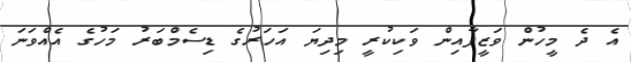
އެ ދެ މީހުން ވަޒީފާއިން ވަކިކުރީ މިދިޔަ އަހަރުގެ ޑިސެމްބަރު މަހުގެ އެއްވަނަ